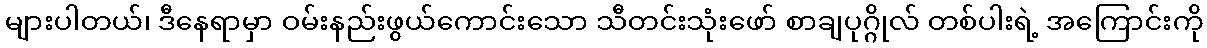
များပါတယ်၊ ဒီနေရာမှာ ဝမ်းနည်းဖွယ်ကောင်းသော သီတင်းသုံးဖော် စာချပုဂ္ဂိုလ် တစ်ပါးရဲ့ အကြောင်းကို